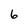
Character: 6